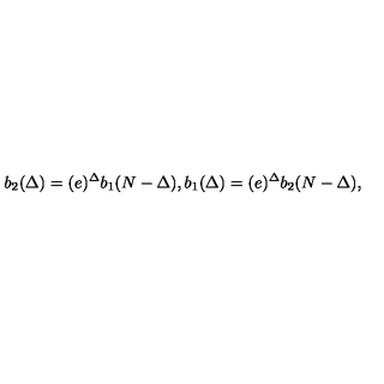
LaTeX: b _ { 2 } ( \Delta ) = ( e ) ^ { \Delta } b _ { 1 } ( N - \Delta ) , b _ { 1 } ( \Delta ) = ( e ) ^ { \Delta } b _ { 2 } ( N - \Delta ) , \,